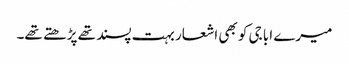
میرے ابا جی کو بھی اشعار بہت پسند تھے پڑھتے تھے۔